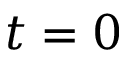
t = 0